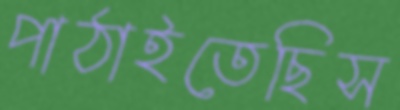
পাঠাইতেছিস